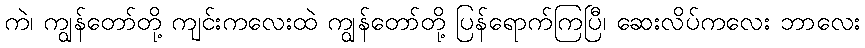
ကဲ၊ ကျွန်တော်တို့ ကျင်းကလေးထဲ ကျွန်တော်တို့ ပြန်ရောက်ကြပြီ၊ ဆေးလိပ်ကလေး ဘာလေး